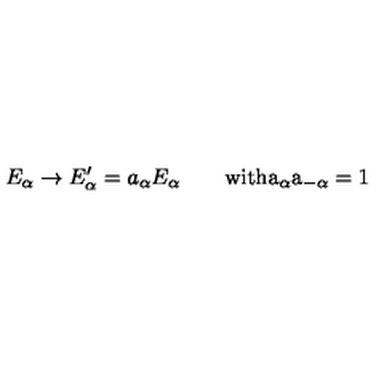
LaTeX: E _ { \alpha } \rightarrow E _ { \alpha } ^ { \prime } = a _ { \alpha } E _ { \alpha } \qquad \mathrm { w i t h a _ \alpha a _ { - \alpha } = 1 }